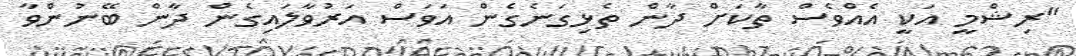
"ރިޝްމީ އަކީ އެއްވެސް ތާކަށް ދާން ތެޅިގަނެގެން އަވަސް އަރުވާލައިގެން ދާން ބޭނުންވާ